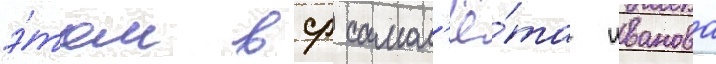
э́том вср самол'ё́та иванова